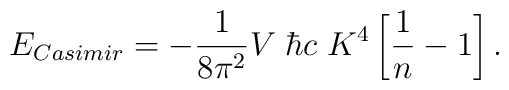
E_{\small Casimir} = -{1\over8\pi^2} V \; \hbar c \; K^4 \left[ {1\over  n} - 1 \right].